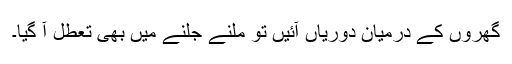
گھروں کے درمیان دوریاں آئیں تو ملنے جلنے میں بھی تعطل آ گیا۔